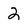
Character: 2